Document type: Sale
Year: 1305
Scribe: Bernat de Vilarúbia
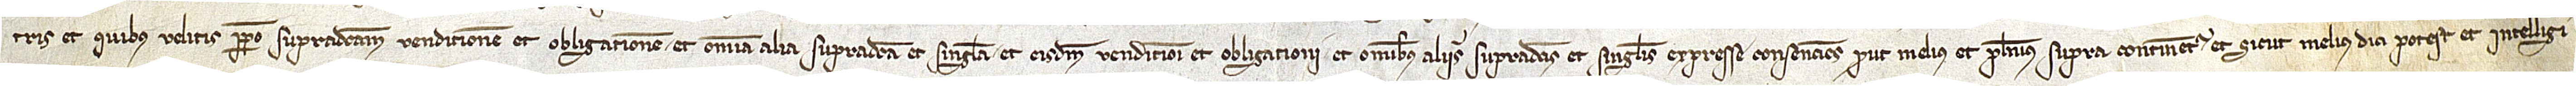
tris et quibus velitis perpetuo supradictam venditionem et obligationem et omnia alia supradicta et singula et eisdem venditioni et obligationi et omnibus aliis supradictis et singulis expresse consenciens, prout melius et plenius supra continentur, et sicut melius dici potest et intelligi